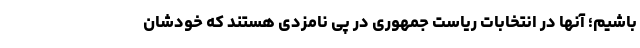
باشیم؛ آنها در انتخابات ریاست جمهوری در پی نامزدی هستند که خودشان